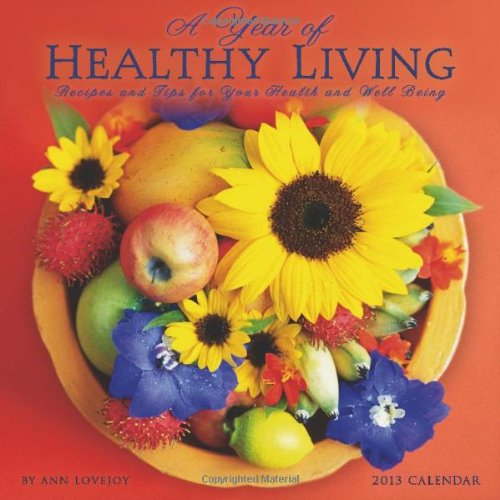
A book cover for A Year of Healthy Living 2013 Wall Calendar: Recipes and Tips for Your Health and Well Being; Ann Lovejoy; Calendars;